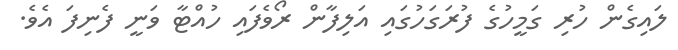
ލައިގެން ހުރި ގަމީހުގެ ފުރަގަހުގައި އަލިފާން ރޯވެފައި ހުއްޓާ ވަނީ ފެނިފަ އެވެ.